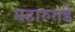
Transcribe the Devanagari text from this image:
महारुगडे